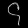
Digit: ၄